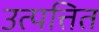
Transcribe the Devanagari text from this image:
उत्पत्तित